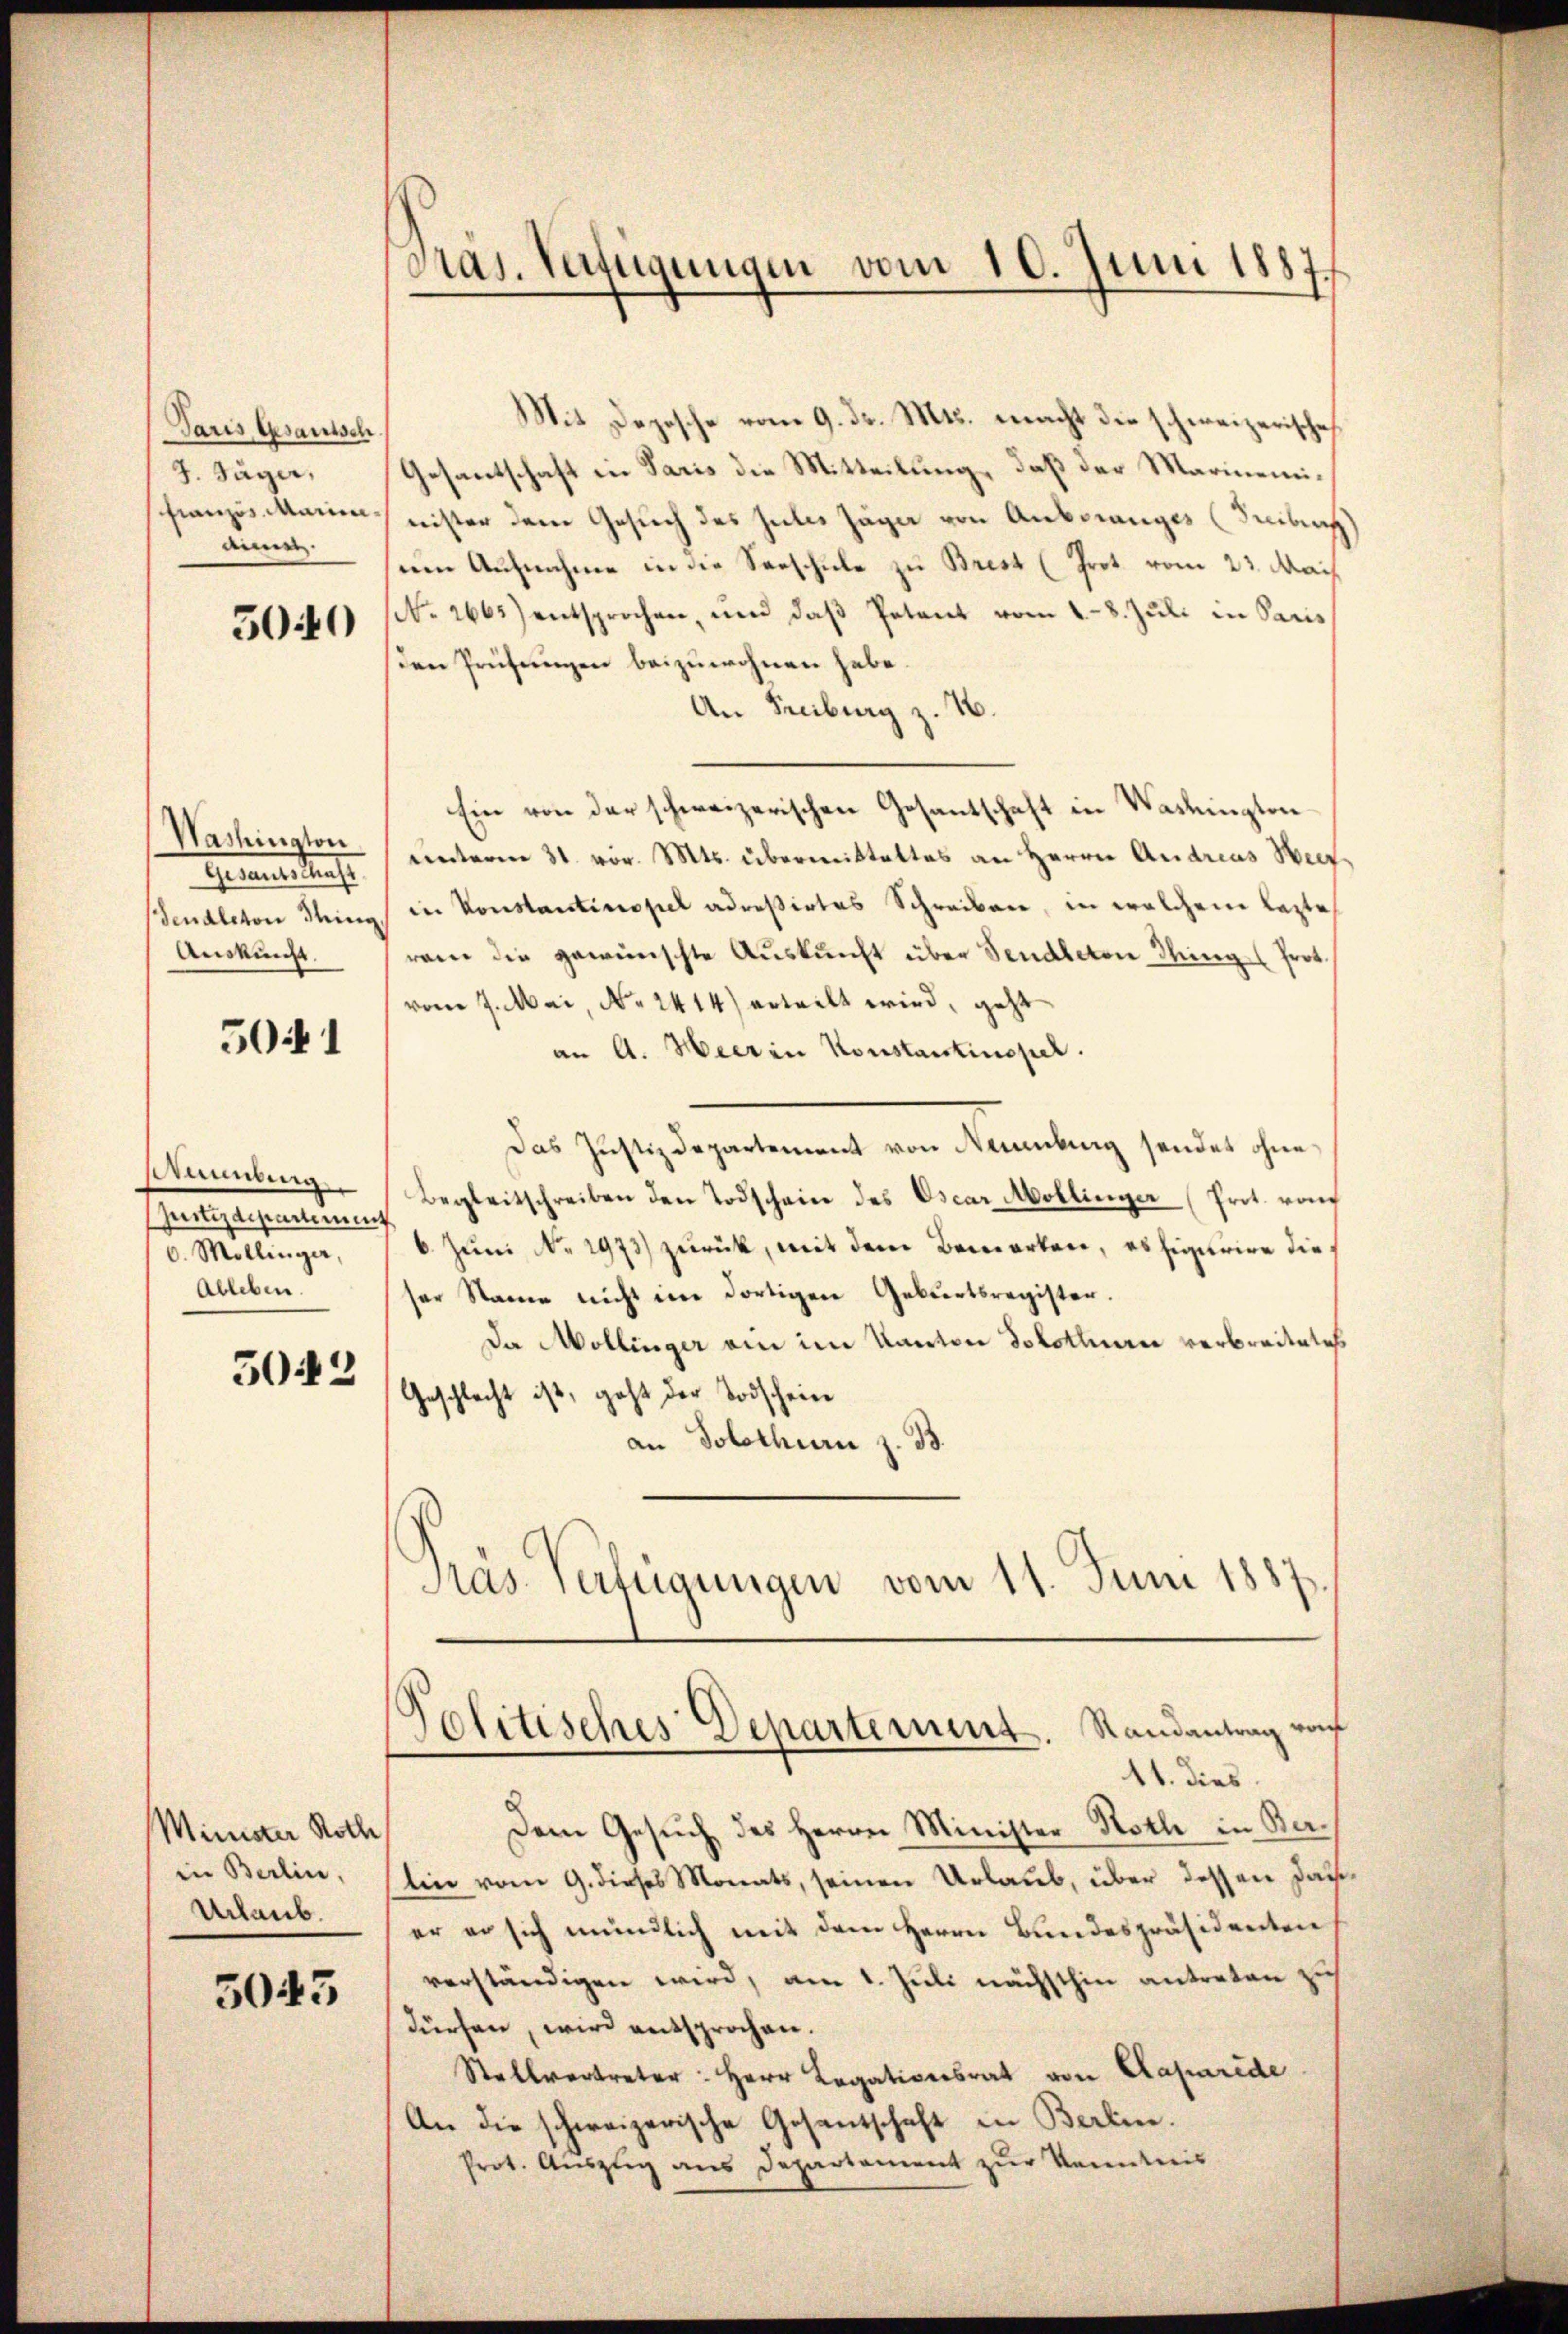
Paris Gesantsch
J. Säge.
aine

5040

Washington
Retenteilunge
Auskunft.

5041

sammlung
Justizdepartemen
6. Mollinger,
Ableben.

5042

Minister Roth
in Berlin,
Urlaub.

5045

Präs. Verfügungen vom 10. Juni 1887

Mit Depesche vom 9. d. Mts. macht die schweizerische
Gesantschaft in Paris die Mitteilung, daß der Marinenifranzis Mann, nister dem Gesuch des Zules Jäger von Anbrranges (Freibuch
sum Aufnahme in die Sarschule zu Brest (Prot vom 23. Mai
(No. 2665) entsprochen, und daß Petent vom 18. Juli in Paris
den Prüfungen beizuwohnen habe.
An Freiburg z. B.
Ein von der schweizerischen Gesantschaft in Washington-
unterm 31. vor. Mts. übermitteltes an Herrn Andreas Weis
endleton Thing in Konstantinopel adreßirtes Schreiben, in welchem lezte
rem die gewünschte Aŭskŭnft über Sendleton Wing. (Prot.
vom 7. Mai, No 1414) erteilt wird, geht
an A. Heer in Konstantinopel.
Das Justizdepartement von Neuenburg sendet ohne
Begleitschreiben den Todschein des Oscar Mollinger (Prot. von
.
6. Juni No 1973) zurück, mit dem Bemerken, es figurire dieser Name nicht im dortigen Geburtsregister.
Da Mollinger am im Kanton Solothurn verbreitetes
Geschlecht ist, geht der Todschein
an Solothur z. B.
Präs. Verfügungen vom 11. Juni 1887
Jolitisches Departement. Randantrag von
11. dies
Dem Gesuch des Herrn Minister Noth in Belin vom 9. dieses Monats, seinen Urlaub, über dessen das
er er sich mündlich mit dem Herrn Bundespräsidenten
verständigen wird, am 1. Juli nächsthin antreten zu
dürhen, wird entsprochen.
Stellvertreter: Herr Legativersrat von Caparide
An die schweizerische Gesantschaft in Berlin.
Prot. Aŭszŭg ans Departament zŭr Kenntnis

.